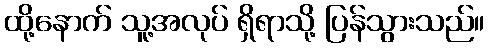
ထို့နောက် သူ့အလုပ် ရှိရာသို့ ပြန်သွားသည်။